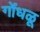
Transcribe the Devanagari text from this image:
गोंधळू